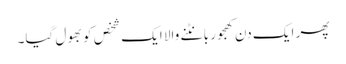
پھر ایک دن کھجور بانٹنے والا ایک شخص کو بھول گیا۔